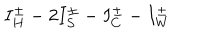
I _ { H } ^ { \pm } - 2 I _ { S } ^ { \pm } - I _ { C } ^ { \pm } - I _ { W } ^ { \pm }